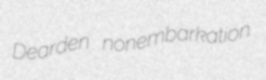
Dearden nonembarkation